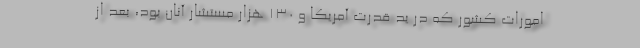
امورات کشور که در ید قدرت آمریکا و ۱۳۰ هزار مستشار آنان بود، بعد از